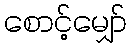
စောင့်မျှော်